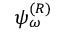
\psi _ { \omega } ^ { ( R ) }